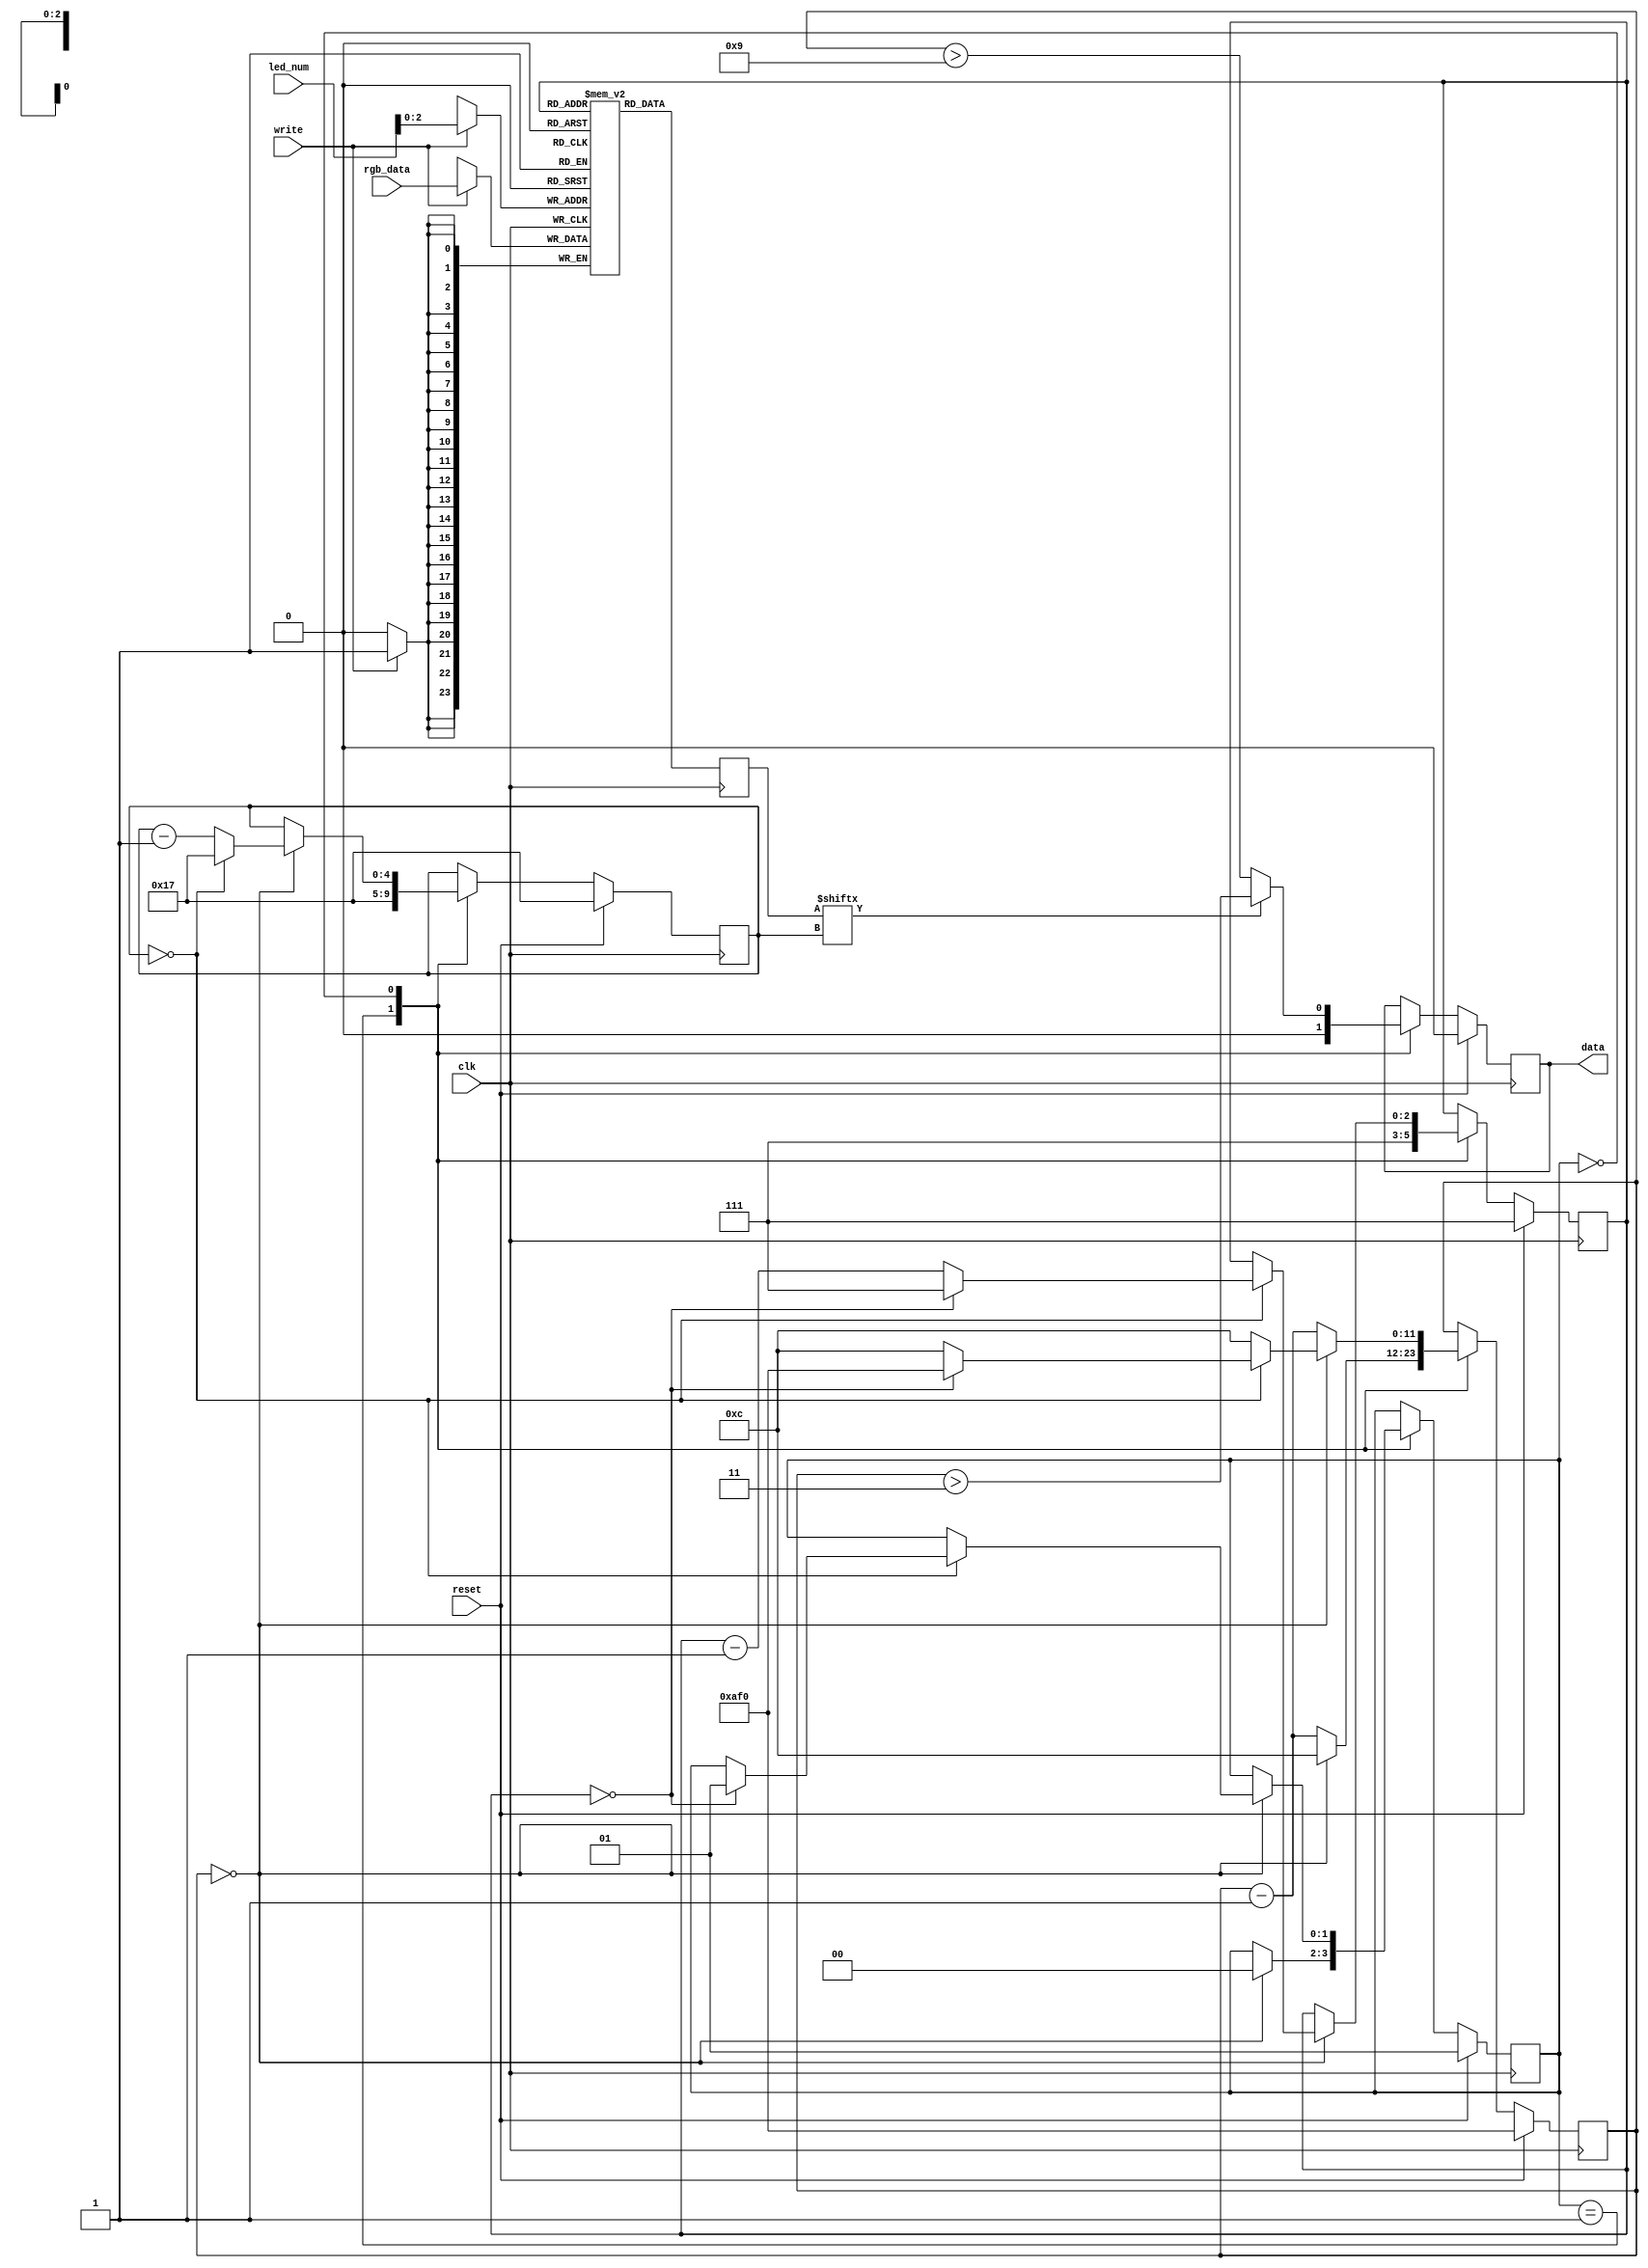
`default_nettype none
`timescale 1ns/1ns

`ifdef FORMAL
    `define NO_MEM_RESET 0
`else
    `define NO_MEM_RESET 1
`endif


module ws2812 (
    input wire [23:0] rgb_data,
    input wire [7:0] led_num,
    input wire write,
    input wire reset,
    input wire clk,  //12MHz

    output reg data
);
    parameter NUM_LEDS = 8;
    parameter CLK_MHZ = 10;
    localparam LED_BITS = $clog2(NUM_LEDS);

    /*
    great information here:

    * https://cpldcpu.wordpress.com/2014/01/14/light_ws2812-library-v2-0-part-i-understanding-the-ws2812/
    * https://github.com/japaric/ws2812b/blob/master/firmware/README.md

    period 1200ns:
        * t on  800ns
        * t off 400ns

    end of frame/reset is > 50us. I had a bug at 50us, so increased to 65us

    More recent ws2812 parts require reset > 280us. See: https://blog.particle.io/2017/05/11/heads-up-ws2812b-neopixels-are-about-to-change/

    clock period at 12MHz = 83ns:
        * t on  counter = 10, makes t_on  = 833ns
        * t off counter = 5,  makes t_off = 416ns
        * reset is 800 counts             = 65us

    */
    parameter t_on = $rtoi($ceil(CLK_MHZ*900/1000));
    parameter t_off = $rtoi($ceil(CLK_MHZ*350/1000));
    parameter t_reset = $rtoi($ceil(CLK_MHZ*280));
    localparam t_period = $rtoi($ceil(CLK_MHZ*1250/1000));

    localparam COUNT_BITS = $clog2(t_reset);

    reg [23:0] led_reg [NUM_LEDS-1:0];

    reg [LED_BITS-1:0] led_counter;
    reg [COUNT_BITS-1:0] bit_counter;
    reg [4:0] rgb_counter;

    localparam STATE_DATA  = 0;
    localparam STATE_RESET = 1;

    reg [1:0] state;

    reg [23:0] led_color;

    // handle reading new led data
    always @(posedge clk) begin
        if(write)
            led_reg[led_num] <= rgb_data;
        led_color <= led_reg[led_counter];
    end

    integer i;

    always @(posedge clk)
        // reset
        if(reset) begin
	    //  In order to infer BRAM, can't have a reset condition
	    //  like this. But it will fail formal if you don't reset
	    //  it.
            `ifdef NO_MEM_RESET
	    //  $display("Bypassing memory reset to allow BRAM");
	    `else
            // initialise led data to 0
            for (i=0; i<NUM_LEDS; i=i+1)
                led_reg[i] <= 0;
	    `endif

            state <= STATE_RESET;
            bit_counter <= t_reset;
            rgb_counter <= 23;
            led_counter <= NUM_LEDS - 1;
            data <= 0;

        // state machine to generate the data output
        end else case(state)

            STATE_RESET: begin
                // register the input values
                rgb_counter <= 5'd23;
                led_counter <= NUM_LEDS - 1;
                data <= 0;

                bit_counter <= bit_counter - 1;

                if(bit_counter == 0) begin
                    state <= STATE_DATA;
                    bit_counter <= t_period;
                end
            end

            STATE_DATA: begin
                // output the data
                if(led_color[rgb_counter])
                    data <= bit_counter > (t_period - t_on);
                else
                    data <= bit_counter > (t_period - t_off);

                // count the period
                bit_counter <= bit_counter - 1;

                // after each bit, increment rgb counter
                if(bit_counter == 0) begin
                    bit_counter <= t_period;
                    rgb_counter <= rgb_counter - 1;

                    if(rgb_counter == 0) begin
                        led_counter <= led_counter - 1;
                        bit_counter <= t_period;
                        rgb_counter <= 23;

                        if(led_counter == 0) begin
                            state <= STATE_RESET;
                            led_counter <= NUM_LEDS - 1;
                            bit_counter <= t_reset;
                        end
                    end
                end 
            end

        endcase

    /*
    `ifdef FORMAL
        // past valid signal
        reg f_past_valid = 0;
        always @(posedge clk)
            f_past_valid <= 1'b1;

        // start in reset
        always @(posedge clk)
            if(f_past_valid == 0)
                assume(reset);

        // check everything is zeroed on the reset signal
        always @(posedge clk)
            if (f_past_valid)
                if ($past(reset)) begin
                    assert(bit_counter == t_reset);
                    assert(rgb_counter == 23);
                    assert(state == STATE_RESET);
                end

        always @(posedge clk) begin
            assert(bit_counter <= t_reset);
            assert(rgb_counter <= 23);
            assert(led_counter <= NUM_LEDS - 1);

            if(state == STATE_DATA) begin
                assert(bit_counter <= t_period);
                // led counter decrements
                if($past(state) == STATE_DATA && $past(rgb_counter) == 0 && $past(bit_counter) == 0)
                    assert(led_counter == $past(led_counter) - 1);
            end

            if(state == STATE_RESET) begin
                assert(data == 0);
                assert(bit_counter <= t_reset);
            end
        end

        // leds < NUM_LEDSs
        always @(posedge clk)
            assume(led_num < NUM_LEDS);

        // check that writes end up in the led register
        always @(posedge clk)
            if (f_past_valid)
                if(!$past(reset) && $past(write))
                    assert(led_reg[$past(led_num)] == $past(rgb_data));
            
    `endif
    */
    
endmodule
`default_nettype wire